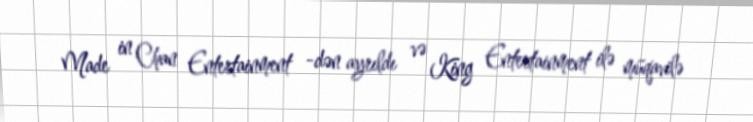
Made in Chan Entertainment -dən ayrıldı və King Entertainment ilə müqavilə